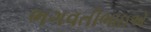
ભગવતીભાઇએ